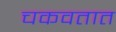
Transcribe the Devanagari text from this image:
चकवतात